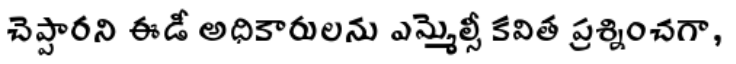
చెప్పారని ఈడీ అధికారులను ఎమ్మెల్సీ కవిత ప్రశ్నించగా,